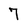
Character: 7